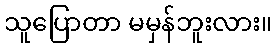
သူပြောတာ မမှန်ဘူးလား။